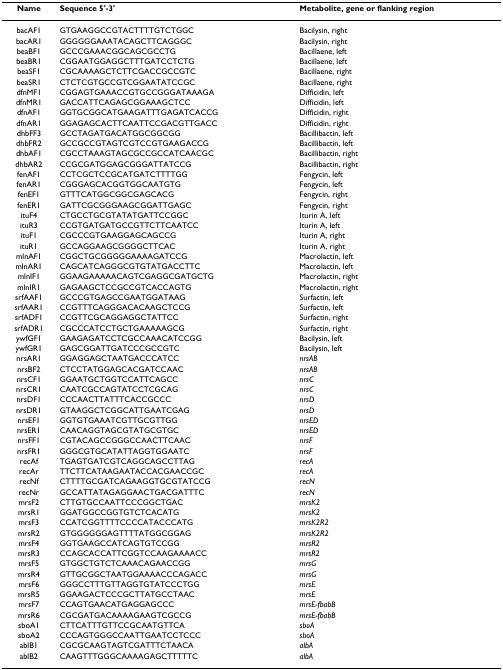
<table><thead><tr><td><b>Name</b></td><td><b>Sequence 5&#x27;-3&#x27;</b></td><td><b>Metabolite, gene or flanking region</b></td></tr></thead><tbody><tr><td>bacAF1</td><td>GTGAAGGCCGTACTTTTGTCTGGC</td><td>Bacilysin, right</td></tr><tr><td>bacAR1</td><td>GGGGGGAAATACAGCTTCAGGGC</td><td>Bacilysin, right</td></tr><tr><td>beaBF1</td><td>GCCCGAAACGGCAGCGCCTG</td><td>Bacillaene, left</td></tr><tr><td>beaBR1</td><td>CGGAATGGAGGCTTTGATCCTCTG</td><td>Bacillaene, left</td></tr><tr><td>beaSF1</td><td>CGCAAAAGCTCTTCGACCGCCGTC</td><td>Bacillaene, right</td></tr><tr><td>beaSR1</td><td>CTCTCGTGCCGTCGGAATATCCGC</td><td>Bacillaene, right</td></tr><tr><td>dfnMF1</td><td>CGGAGTGAAACCGTGCCGGGATAAAGA</td><td>Difficidin, left</td></tr><tr><td>dfnMR1</td><td>GACCATTCAGAGCGGAAAGCTCC</td><td>Difficidin, left</td></tr><tr><td>dfnAF1</td><td>GGTGCGGCATGAAGATTTGAGATCACCG</td><td>Difficidin, right</td></tr><tr><td>dfnAR1</td><td>GGAGAGCACTTCAATTCCGACGTTGACC</td><td>Difficidin, right</td></tr><tr><td>dhbFF3</td><td>GCCTAGATGACATGGCGGCGG</td><td>Bacillibactin, left</td></tr><tr><td>dhbFR2</td><td>GCCGCCGTAGTCGTCCGTGAAGACCG</td><td>Bacillibactin, left</td></tr><tr><td>dhbAF1</td><td>CGCCTAAAGTAGCGCCGCCATCAACGC</td><td>Bacillibactin, right</td></tr><tr><td>dhbAR2</td><td>CCGCGATGGAGCGGGATTATCCG</td><td>Bacillibactin, right</td></tr><tr><td>fenAF1</td><td>CCTCGCTCCGCATGATCTTTTGG</td><td>Fengycin, left</td></tr><tr><td>fenAR1</td><td>CGGGAGCACGGTGGCAATGTG</td><td>Fengycin, left</td></tr><tr><td>fenEF1</td><td>GTTTCATGGCGGCGAGCACG</td><td>Fengycin, right</td></tr><tr><td>fenER1</td><td>GATTCGCGGGAAGCGGATTGAGC</td><td>Fengycin, right</td></tr><tr><td>ituF4</td><td>CTGCCTGCGTATATGATTCCGGC</td><td>Iturin A, left</td></tr><tr><td>ituR3</td><td>CCGTGATGATGCCGTTCTTCAATCC</td><td>Iturin A, left</td></tr><tr><td>ituF1</td><td>CGCCCGTGAAGGAGCAGCCG</td><td>Iturin A, right</td></tr><tr><td>ituR1</td><td>GCCAGGAAGCGGGGCTTCAC</td><td>Iturin A, right</td></tr><tr><td>mlnAF1</td><td>CGGCTGCGGGGGAAAAGATCCG</td><td>Macrolactin, left</td></tr><tr><td>mlnAR1</td><td>CAGCATCAGGGCGTGTATGACCTTC</td><td>Macrolactin, left</td></tr><tr><td>mlnIF1</td><td>GGAAGAAAAACAGTCGAGGCGATGCTG</td><td>Macrolactin, right</td></tr><tr><td>mlnIR1</td><td>GAGAAGCTCCGCCGTCACCAGTG</td><td>Macrolactin, right</td></tr><tr><td>srfAAF1</td><td>GCCCGTGAGCCGAATGGATAAG</td><td>Surfactin, left</td></tr><tr><td>srfAAR1</td><td>CCGTTTCAGGGACACAAGCTCCG</td><td>Surfactin, left</td></tr><tr><td>srfADF1</td><td>CCGTTCGCAGGAGGCTATTCC</td><td>Surfactin, right</td></tr><tr><td>srfADR1</td><td>CGCCCATCCTGCTGAAAAAGCG</td><td>Surfactin, right</td></tr><tr><td>ywfGF1</td><td>GAAGAGATCCTCGCCAAACATCCGG</td><td>Bacilysin, left</td></tr><tr><td>ywfGR1</td><td>GAGCGGATTGATCCCGCCGTC</td><td>Bacilysin, left</td></tr><tr><td>nrsAR1</td><td>GGAGGAGCTAATGACCCATCC</td><td><i>nrsAB</i></td></tr><tr><td>nrsBF2</td><td>CTCCTATGGAGCACGATCCAAC</td><td><i>nrsAB</i></td></tr><tr><td>nrsCF1</td><td>GGAATGCTGGTCCATTCAGCC</td><td><i>nrsC</i></td></tr><tr><td>nrsCR1</td><td>CAATCGCCAGTATCCTCGCAG</td><td><i>nrsC</i></td></tr><tr><td>nrsDF1</td><td>CCCAACTTATTTCACCGCCC</td><td><i>nrsD</i></td></tr><tr><td>nrsDR1</td><td>GTAAGGCTCGGCATTGAATCGAG</td><td><i>nrsD</i></td></tr><tr><td>nrsEF1</td><td>GGTGTGAAATCGTTGCGTTGG</td><td><i>nrsED</i></td></tr><tr><td>nrsER1</td><td>CAACAGGTAGCGTATGCGTGC</td><td><i>nrsED</i></td></tr><tr><td>nrsFF1</td><td>CGTACAGCCGGGCCAACTTCAAC</td><td><i>nrsF</i></td></tr><tr><td>nrsFR1</td><td>GGGCGTGCATATTAGGTGGAATC</td><td><i>nrsF</i></td></tr><tr><td>recAf</td><td>TGAGTGATCGTCAGGCAGCCTTAG</td><td><i>recA</i></td></tr><tr><td>recAr</td><td>TTCTTCATAAGAATACCACGAACCGC</td><td><i>recA</i></td></tr><tr><td>recNf</td><td>CTTTTGCGATCAGAAGGTGCGTATCCG</td><td><i>recN</i></td></tr><tr><td>recNr</td><td>GCCATTATAGAGGAACTGACGATTTC</td><td><i>recN</i></td></tr><tr><td>mrsF2</td><td>CTTGTGCCAATTCCCGGCTGAC</td><td><i>mrsK2</i></td></tr><tr><td>mrsR1</td><td>GGATGGCCGGTGTCTCACATG</td><td><i>mrsK2</i></td></tr><tr><td>mrsF3</td><td>CCATCGGTTTTCCCCATACCCATG</td><td><i>mrsK2R2</i></td></tr><tr><td>mrsR2</td><td>GTGGGGGGAGTTTTATGGCGGAG</td><td><i>mrsK2R2</i></td></tr><tr><td>mrsF4</td><td>GGTGAAGCCATCAGTGTCCGG</td><td><i>mrsR2</i></td></tr><tr><td>mrsR3</td><td>CCAGCACCATTCGGTCCAAGAAAACC</td><td><i>mrsR2</i></td></tr><tr><td>mrsF5</td><td>GTGGCTGTCTCAAACAGAACCGG</td><td><i>mrsG</i></td></tr><tr><td>mrsR4</td><td>GTTGCGGCTAATGGAAAACCCAGACC</td><td><i>mrsG</i></td></tr><tr><td>mrsF6</td><td>GGGCCTTTGTTAGGTGTATCCCTGG</td><td><i>mrsE</i></td></tr><tr><td>mrsR5</td><td>GGAAGACTCCCGCTTATGCCTAAC</td><td><i>mrsE</i></td></tr><tr><td>mrsF7</td><td>CCAGTGAACATGAGGAGCCC</td><td><i>mrsE-fbabB</i></td></tr><tr><td>mrsR6</td><td>CGCGATGACAAAAGAAGTCGCCG</td><td><i>mrsE-fbabB</i></td></tr><tr><td>sboA1</td><td>CTTCATTTGTTCCGCAATGTTCA</td><td><i>sboA</i></td></tr><tr><td>sboA2</td><td>CCCAGTGGGCCAATTGAATCCTCCC</td><td><i>sboA</i></td></tr><tr><td>ablB1</td><td>CGCGCAAGTAGTCGATTTCTAACA</td><td><i>albA</i></td></tr><tr><td>ablB2</td><td>CAAGTTTGGGCAAAAGAGCTTTTTC</td><td><i>albA</i></td></tr></tbody></table>